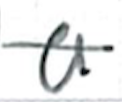
Text: a
Cross-out: single-line
Writing tool: ballpoint